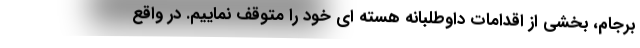
برجام، بخشی از اقدامات داوطلبانه هسته ای خود را متوقف نماییم. در واقع